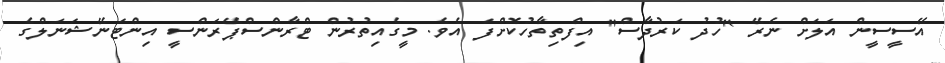
އޭސީސީން އަލަށް ނެރޭ "ހުދު ކަރުދާސް" އިފްތިތާހުކޮށްފަ އެވެ. މީގެއިތުރުން ޓްރާންސްޕޭރަންސީ އިންޓަނޭޝަނަލްގެ